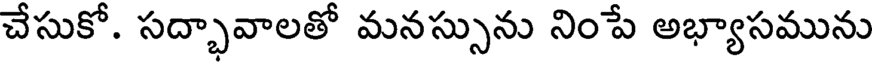
చేసుకో. సద్భావాలతో మనస్సును నింపే అభ్యాసమును